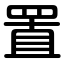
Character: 置